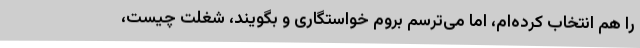
را هم انتخاب کرده‌ام، اما می‌ترسم بروم خواستگاری و بگویند، شغلت چیست،